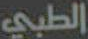
الطبي